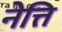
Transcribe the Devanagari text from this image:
नेत्ति